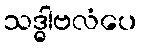
သဒ္ဓါဗလံပေ